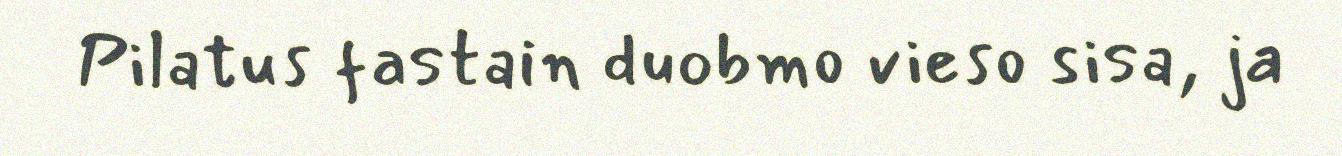
Pilatus fastain duobmo vieso sisa, ja